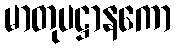
မာတုပဋ္ဌာနကော